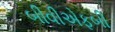
બીવીએફબી